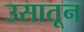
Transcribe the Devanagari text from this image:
उसातून